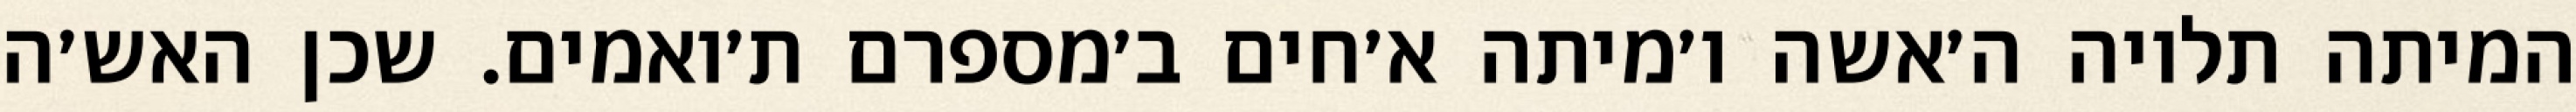
המיתה תלויה ה׳אשה ו׳מיתה א׳חים ב׳מספרם ת׳ואמים. שכן האש׳ה